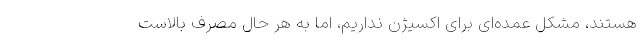
هستند، مشکل عمده‌ای برای اکسیژن نداریم، اما به هر حال مصرف بالاست